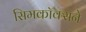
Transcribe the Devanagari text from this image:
सिमकॉक्सने